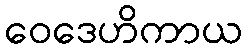
ဝေဒေဟိကာယ